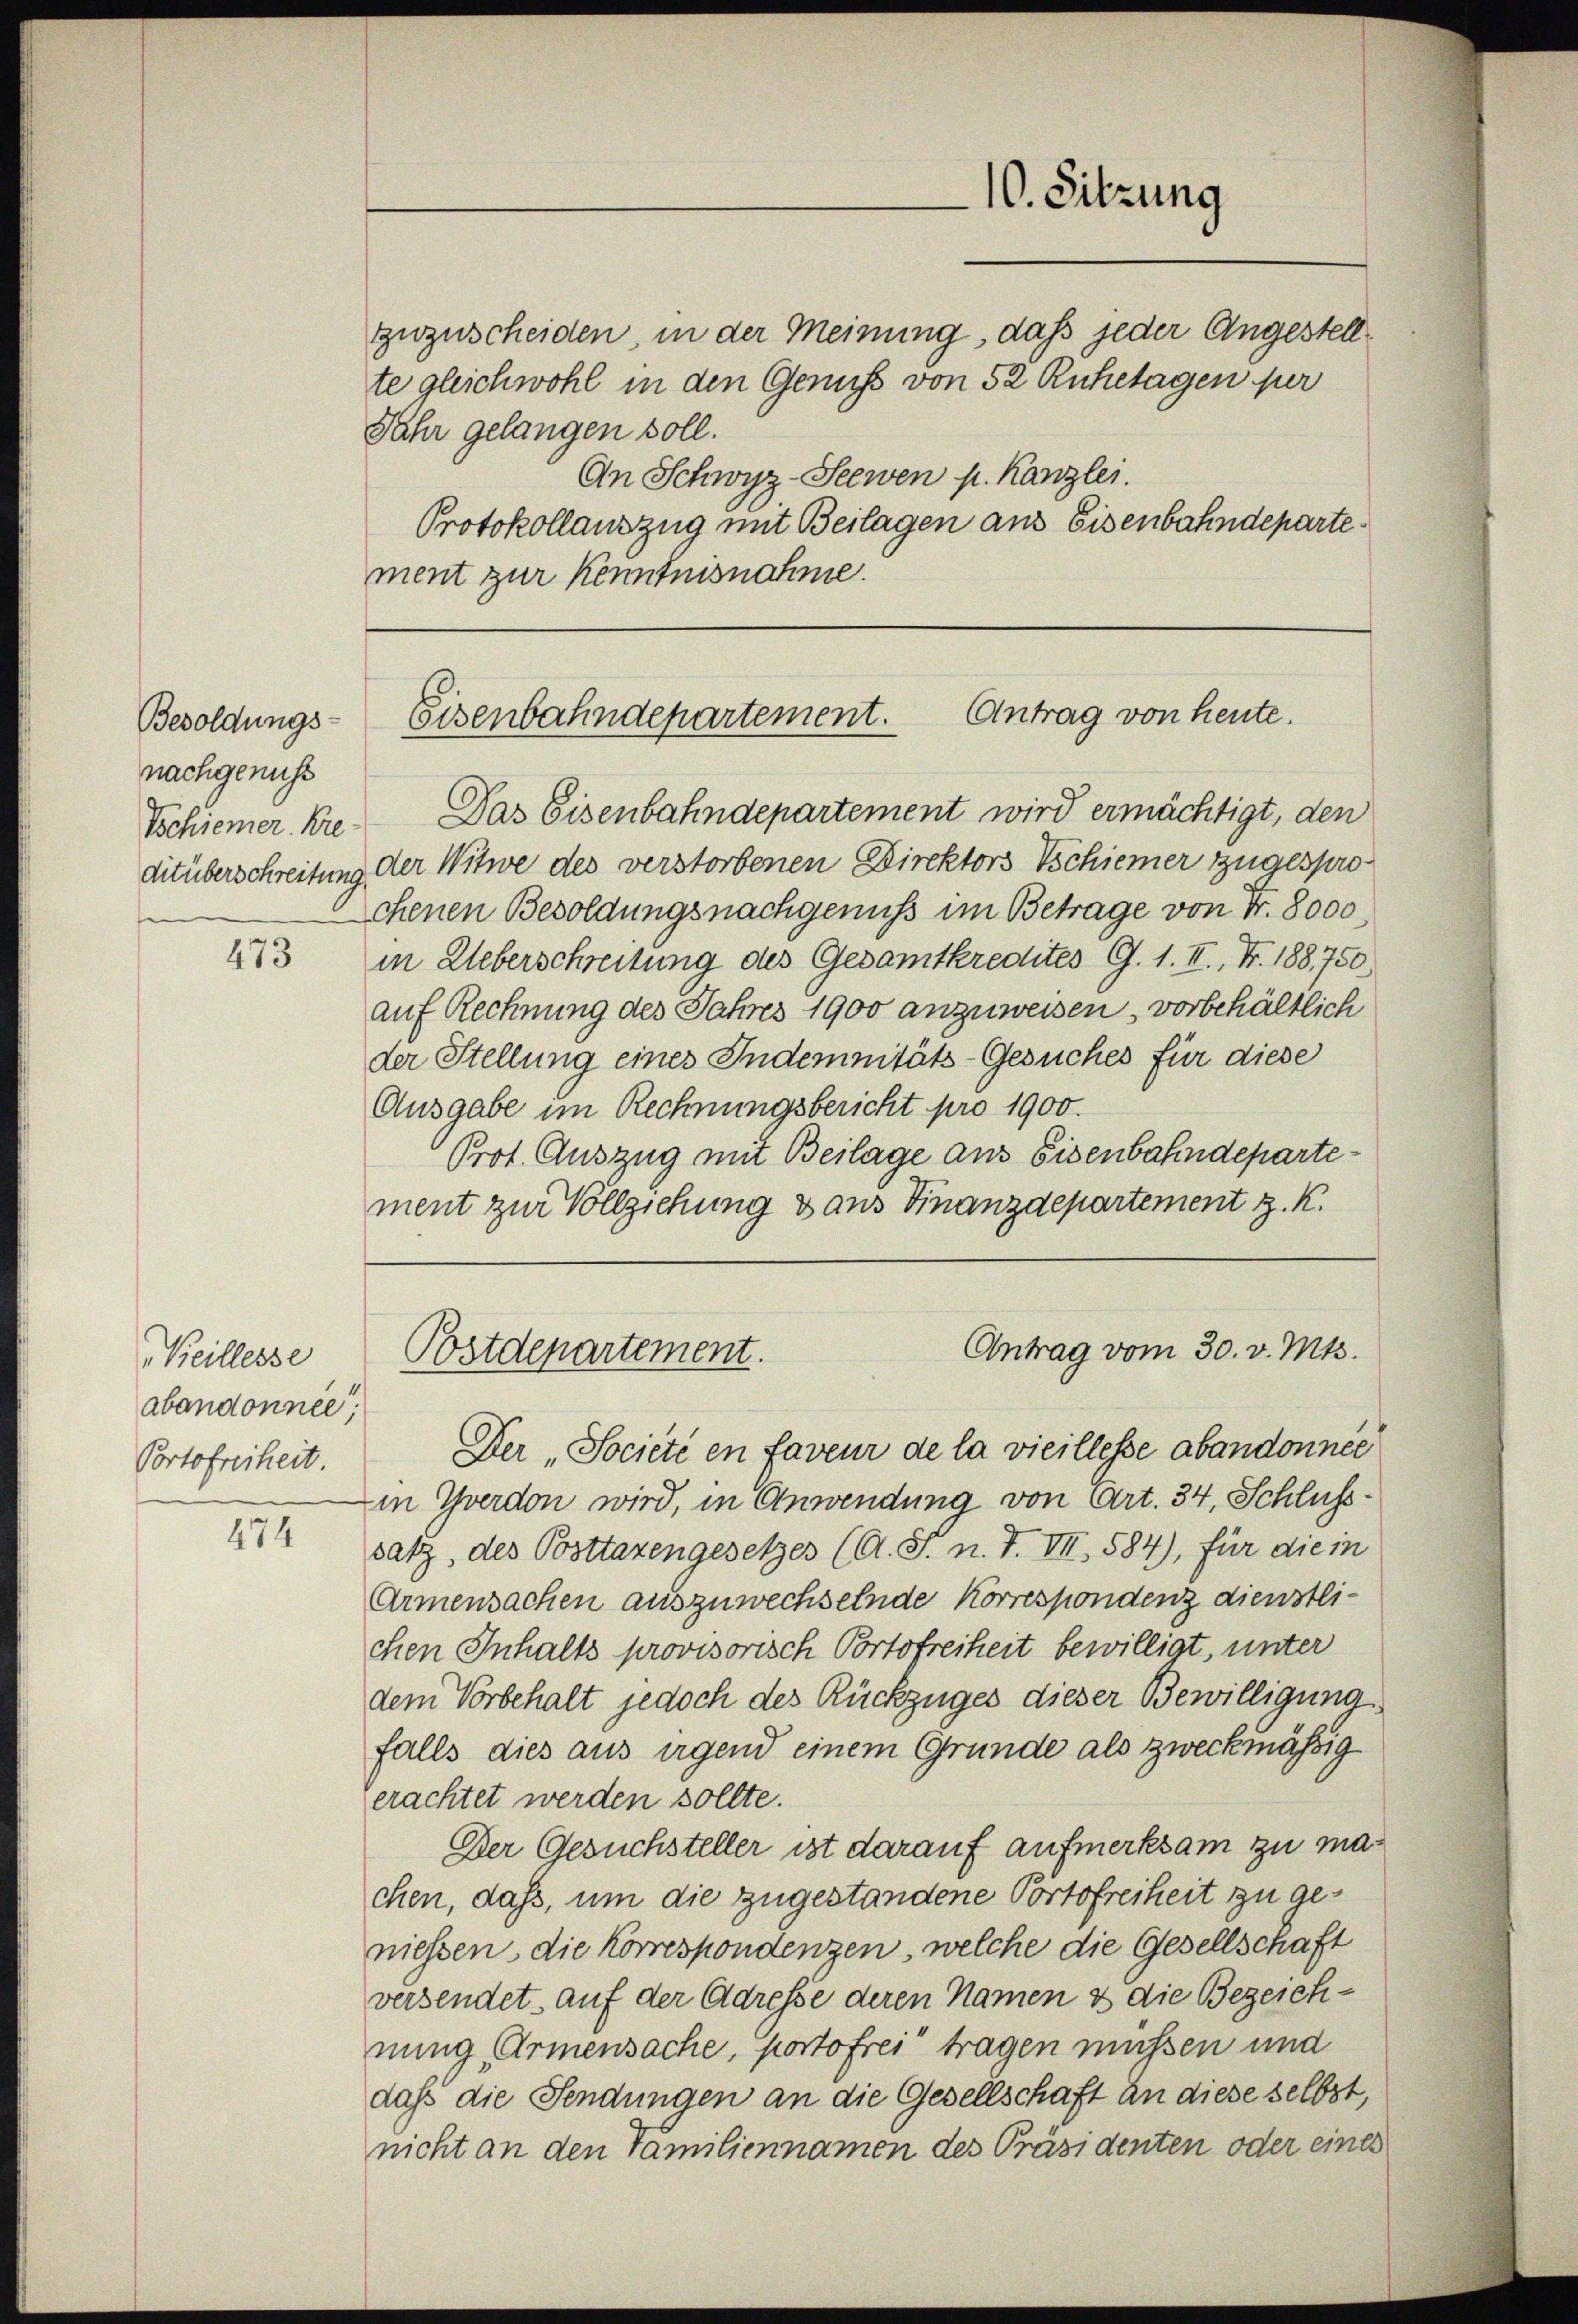
Besoldungs-
nachgenuss
Tschiener. Kreditüberschreitung.

473

Keillesse
abandonnée,
Portofreiheit.

474

zuzuscheiden, in der Meinung, dass jeder Angestellte gleichwohl in den Genuss von 52 Ruhetagen per
Jahr gelangen soll.
An Schwyz-Seewen p. Kanzlei.
Protokollauszug mit Beilagen aus Eisenbahndepartement zur Kenntnisnahme.

10. Sitzung

Antrag von heute.
Eisenbahndepartement.

Postdepartement.

Das Eisenbahndepartement wird ermächtigt, den
der Witwe des verstorbenen Direktors Tschiener zugesprochenen Besoldungsnachgenuß im Betrage von Fr. 8000
in Ueberschreitung des Gesamtkredites G. 1. II., Nr. 188,750
auf Rechnung des Jahres 1900 anzuweisen, vorbehältlich
der Stellung eines Indemnitäts-Gesuches für diese
Ausgabe im Rechnungsbericht pro 1900.
Prot. Auszug mit Beilage aus Eisenbahndepartement zur Vollziehung & aus Finanzdepartement z. K.

Antrag vom 30. v. Mts.

Der „Société en faveur de la vieillesse abandonner
in Yverdon wird, in Anwendung von Art. 34, Schluss
satz, des Posttaxengesetzes (A. S. n. F. VII, 584), für die in
Armensachen auszuwechselnde Korrespondenz dienstlichen Inhalts provisorisch Portofreiheit bewilligt, unter
dem Vorbehalt jedoch des Rückzuges dieser Bewilligung
falls dies aus irgend einem Grunde als zweckmäßig
erachtet werden sollte.
Der Gesuchsteller ist darauf aufmerksam zu machen, dass, um die zugestandene Portofreiheit zu geniessen, die Korrespondenzen, welche die Gesellschaft
versendet auf der Adresse deren Namen & die Bezeichnung Armensache, portofrei tragen müssen und
daß die Fendungen an die Gesellschaft an diese selbst,
nicht an den Familiennamen des Präsidenten oder eines